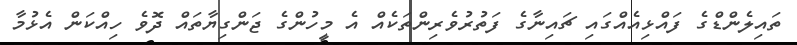
ތައިލެންޑްގެ ފައްޅިއެއްގައި ޗައިނާގެ ފަތުރުވެރިންތަކެއް އެ މީހުންގެ ޖަންގިޔާތައް ދޮވެ ހިއްކަން އެޅުމާ